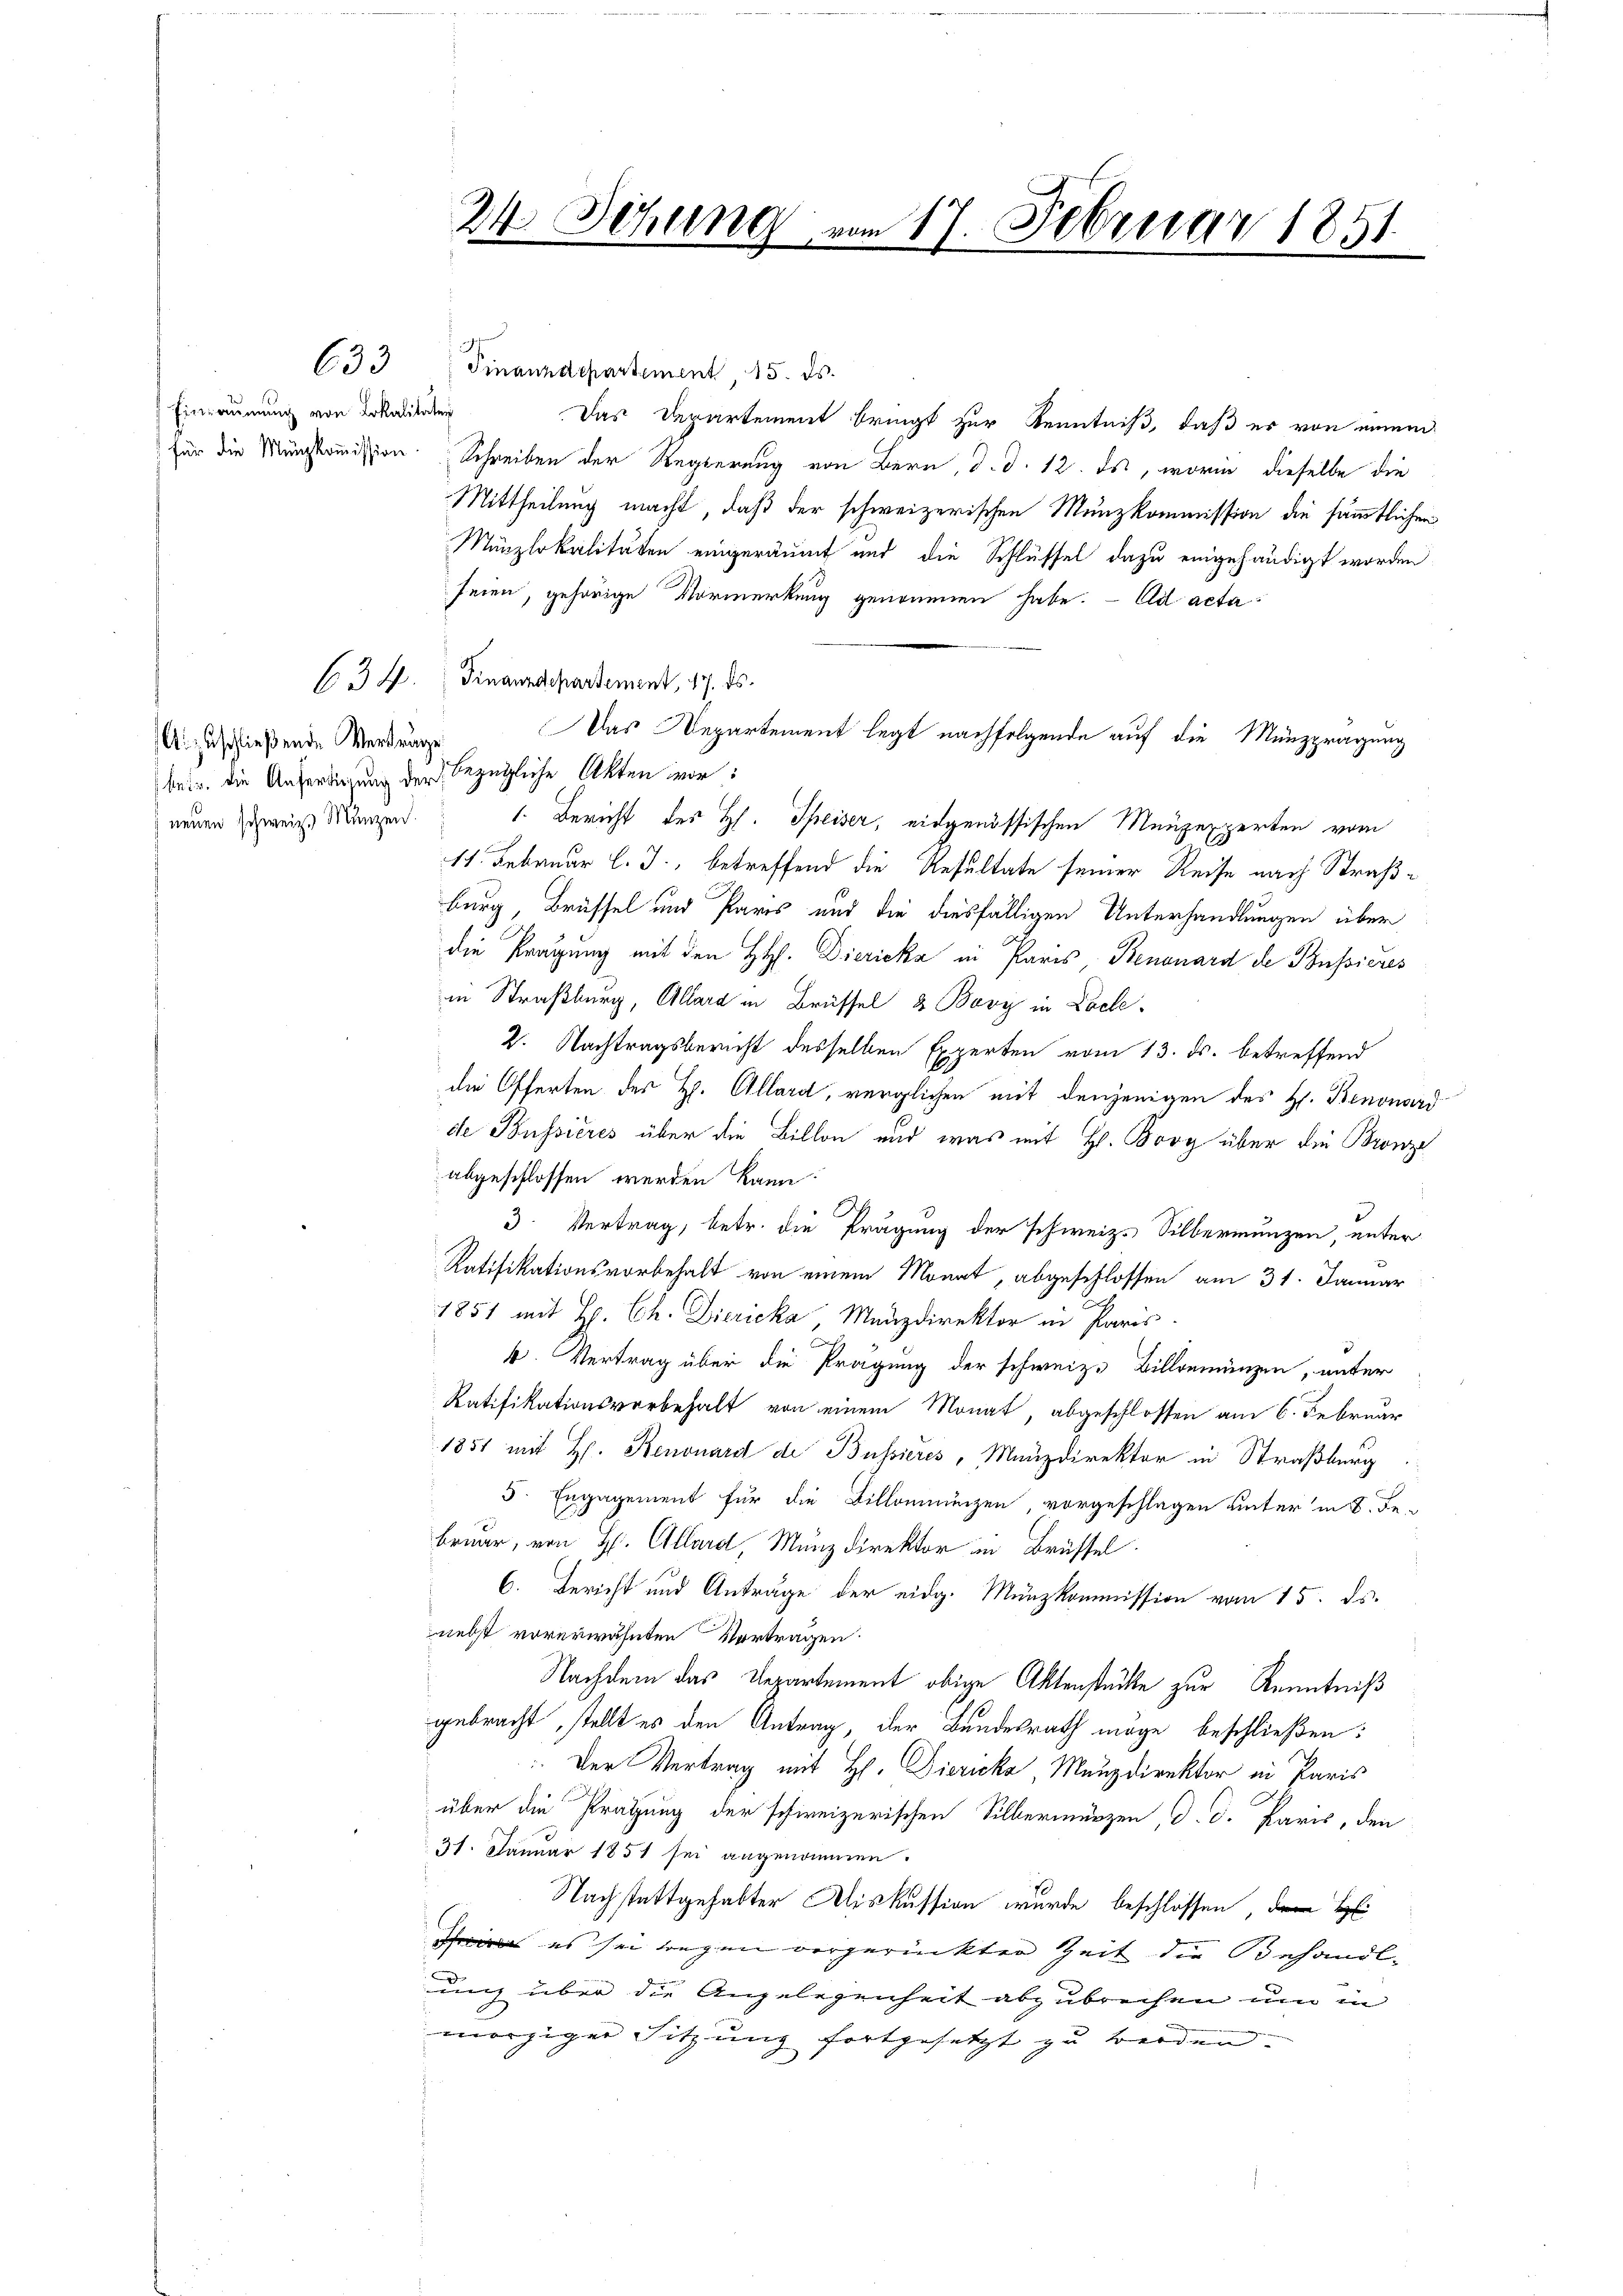
Einzäumung von Lokalitäten

Aizuschließende Vertrage
 neuen schweiz. Münzen.

634.

633 Finanzdepartement 15. ds.
Das Departement bringt zur Kenntniß, daß es von einem
für die Münzkommission Schreiben der Regierung von Bern, d. d. 12. ds, worin dieselbe die
Mittheilung macht, daß der schweizerischen Munzkommission die sämmtlichen
Münzlokalitäten eingeräumt und die Schlüssel dazu eingehändigt worden.
seien, gehörige Vormerkung genommen habe. - Eid acta¬
Finanzdepartement, 17. ds.
betr. die Anferdigung der bezügliche Akten vor:
1. Bericht des H. Speiser, eidgenössischen Meuzexperten vom
11. Februar l. J., betreffend die Resultate seiner Reise nach Straßburg, Brüssel und Paris und die diesfälligen Unterhandlungen über
die Prägung mit den H. Dierieka in Paris, Benonard de Bussieres
in Straßburg, Allard in Brüssel 3 Bovy in Loche
2. Nachtragsbericht desselben Experten vom 13. ds. betreffend
die Offerten des H. Allard, verglichen mit denjenigen des H. Benonard
de Bussieres über die Billon und was mit H. Broy über die Bronze
abgeschlossen werden kann.
e
3. Vertrag, betr. die Prägung der schweiz. Silbermunzen, unter
Ratifikationsvorbehalt von einem Monat, abgeschlossen am 31. Januar
1851 mit H. Ch. Diricka, Munzdirektor in Paris
4. Vertrag über die Prägung der schweiz. Billgemünzen, unter
Ratifikationsvorbehalt von einem Monat, abgeschlossen am 6. Februar
1851 mit H. Renonard de Bussieres, Manzdirektor in Straßburg
5. Engagement für die Billonnenzen, vorgeschlagen unter in 6. Februar, von H. Allard, Münzdirektor in Brüssel
6. Bericht und Anträge der eidg. Münzkommission vom 15. ds.
nebst vorerwähnten Vortragen.
Nachdem das Departement obige Aktenstücke zur Kenntniß
gebracht, stellt es den Antrag, der Bundesrath möge beschließen:
 Der Vertrag mit H. Dierika, Manzdirektor in Paris
über die Prägung der schweizerischen Silbermünzen, d. d. Paris, den
31. Januar 1851 sei angenommen.
Nachstattgehabter Diskussion wurde beschlossen, dem H
 es sei wegen vorgerückter Zeit die Behandlunz über die Angelegenheit abzubrechen um in
morgiger Sitzung fortgesetzt zu werden.

24. Sitzung vom 17. Februar 1851

Das Departement legt nachfolgende auf die Münzprägung